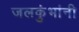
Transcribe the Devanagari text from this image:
जलकुंभांनी